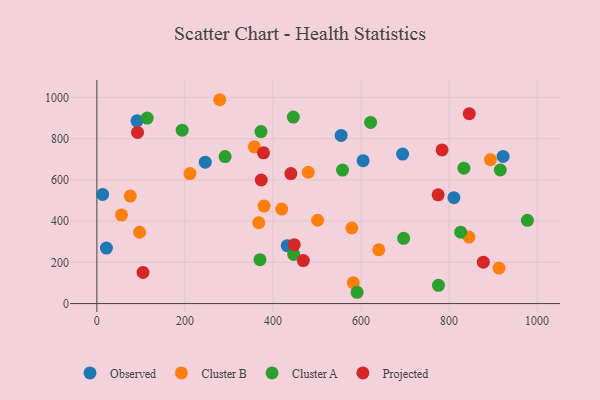
{"axis": {"x": "Speed", "y": "Yield"}, "legend": ["Cluster A", "Cluster B", "Observed", "Projected"], "data": [{"x": "21.7", "y": 269.0, "type": "Observed"}, {"x": "91.2", "y": 886.3, "type": "Observed"}, {"x": "432.4", "y": 280.9, "type": "Observed"}, {"x": "694.5", "y": 725.4, "type": "Observed"}, {"x": "811.0", "y": 513.9, "type": "Observed"}, {"x": "246.2", "y": 685.7, "type": "Observed"}, {"x": "922.8", "y": 714.0, "type": "Observed"}, {"x": "604.8", "y": 693.0, "type": "Observed"}, {"x": "554.9", "y": 815.7, "type": "Observed"}, {"x": "13.1", "y": 529.4, "type": "Observed"}, {"x": "894.0", "y": 698.1, "type": "Cluster B"}, {"x": "96.9", "y": 345.9, "type": "Cluster B"}, {"x": "419.8", "y": 458.3, "type": "Cluster B"}, {"x": "367.7", "y": 392.3, "type": "Cluster B"}, {"x": "640.3", "y": 260.5, "type": "Cluster B"}, {"x": "279.1", "y": 988.8, "type": "Cluster B"}, {"x": "75.8", "y": 521.4, "type": "Cluster B"}, {"x": "379.8", "y": 472.8, "type": "Cluster B"}, {"x": "501.5", "y": 404.1, "type": "Cluster B"}, {"x": "211.5", "y": 630.6, "type": "Cluster B"}, {"x": "55.9", "y": 430.0, "type": "Cluster B"}, {"x": "579.2", "y": 366.6, "type": "Cluster B"}, {"x": "582.4", "y": 101.6, "type": "Cluster B"}, {"x": "845.2", "y": 322.5, "type": "Cluster B"}, {"x": "480.3", "y": 637.0, "type": "Cluster B"}, {"x": "357.8", "y": 760.2, "type": "Cluster B"}, {"x": "913.5", "y": 172.4, "type": "Cluster B"}, {"x": "591.1", "y": 54.8, "type": "Cluster A"}, {"x": "558.0", "y": 647.7, "type": "Cluster A"}, {"x": "114.3", "y": 899.9, "type": "Cluster A"}, {"x": "833.7", "y": 657.0, "type": "Cluster A"}, {"x": "826.5", "y": 346.1, "type": "Cluster A"}, {"x": "447.2", "y": 238.4, "type": "Cluster A"}, {"x": "696.8", "y": 316.5, "type": "Cluster A"}, {"x": "621.8", "y": 878.5, "type": "Cluster A"}, {"x": "370.5", "y": 213.1, "type": "Cluster A"}, {"x": "446.3", "y": 904.8, "type": "Cluster A"}, {"x": "372.8", "y": 834.1, "type": "Cluster A"}, {"x": "193.8", "y": 841.1, "type": "Cluster A"}, {"x": "291.3", "y": 712.8, "type": "Cluster A"}, {"x": "775.9", "y": 88.7, "type": "Cluster A"}, {"x": "916.4", "y": 647.9, "type": "Cluster A"}, {"x": "977.9", "y": 404.0, "type": "Cluster A"}, {"x": "92.4", "y": 830.2, "type": "Projected"}, {"x": "775.2", "y": 527.4, "type": "Projected"}, {"x": "440.7", "y": 630.5, "type": "Projected"}, {"x": "845.9", "y": 921.0, "type": "Projected"}, {"x": "784.1", "y": 745.4, "type": "Projected"}, {"x": "469.0", "y": 208.4, "type": "Projected"}, {"x": "378.5", "y": 731.3, "type": "Projected"}, {"x": "448.4", "y": 285.6, "type": "Projected"}, {"x": "877.9", "y": 200.6, "type": "Projected"}, {"x": "373.4", "y": 599.5, "type": "Projected"}, {"x": "104.8", "y": 151.1, "type": "Projected"}]}